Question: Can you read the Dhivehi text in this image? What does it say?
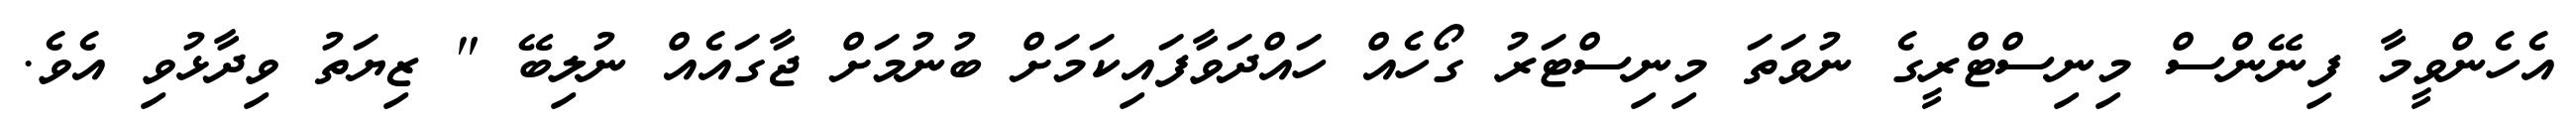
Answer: އެހެންވީމާ ފިނޭންސް މިނިސްޓްރީގެ ނުވަތަ މިނިސްޓަރު ގޯހެއް ހައްދަވާފައިކަމަށް ބުނުމަށް ޖާގައެއް ނުލިބޭ " ޒިޔަތު ވިދާޅުވި އެވެ.